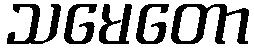
သမေတော